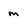
Character: m